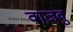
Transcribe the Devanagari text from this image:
वाजवु